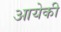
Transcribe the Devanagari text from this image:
आयेकी